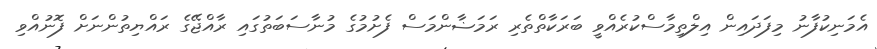
އެމަނިކުފާނު މިފަދައިން އިލްތިމާސްކުރެއްވީ ބަރަކާތްތެރި ރަމަޟާންމަސް ފެށުމުގެ މުނާސަބަތުގައި ރާއްޖޭގެ ރައްޔިތުންނަށް ފޮނުއްވި